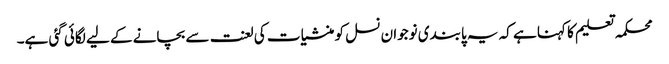
محکمہ تعلیم کا کہنا ہے کہ یہ پابندی نوجوان نسل کو منشیات کی لعنت سے بچانے کے لیے لگائی گئی ہے۔